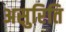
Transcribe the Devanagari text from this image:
असुरिति